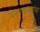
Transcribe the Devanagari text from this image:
घनपारायणांचा